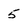
Character: 5